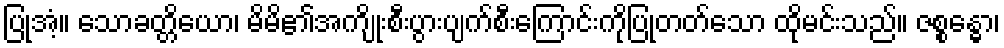
ပြုအံ့။ သောခတ္တိယော၊ မိမိ၏အကျိုးစီးပွားပျက်စီးကြောင်းကိုပြုတတ်သော ထိုမင်းသည်။ ဇစ္စန္ဓော၊